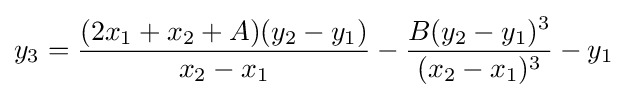
y_{3}={\frac {(2x_{1}+x_{2}+A)(y_{2}-y_{1})}{x_{2}-x_{1}}}-{\frac {B(y_{2}-y_{1})^{3}}{(x_{2}-x_{1})^{3}}}-y_{1}